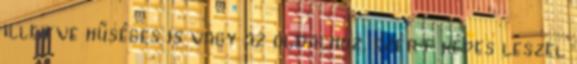
illetve hűséges is vagy az oldalhoz, ezért képes leszel